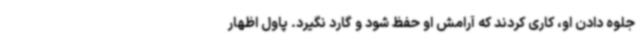
جلوه دادن او، کاری کردند که آرامش او حفظ شود و گارد نگیرد. پاول اظهار